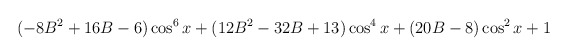
\begin{align*}(-8B^2+16B-6)\cos^6x+(12B^2-32B+13)\cos^4x+(20B-8)\cos^2x+1\end{align*}